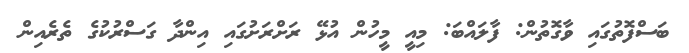
ބަސްފޮތުގައި ވާގޮތުން: ފާލައްބަ: މިއީ މީހުން އުޅޭ ރަށްރަށުގައި އިންދާ ގަސްރުކުގެ ތެރެއިން